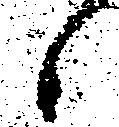
候